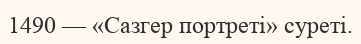
1490 — «Сазгер портреті» суреті.